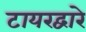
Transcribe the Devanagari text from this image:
टायरद्वारे